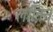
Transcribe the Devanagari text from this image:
लॉतिन